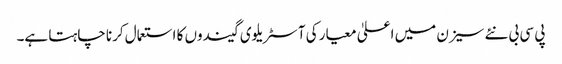
پی سی بی نئے سیزن میں اعلیٰ معیار کی آسٹریلوی گیندوں کا استعمال کرنا چاہتا ہے۔